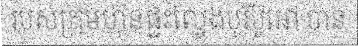
របស់ក្រុមហ៊ុនផ្ទះល្វែងបុរីប៊ូអៅ បាន